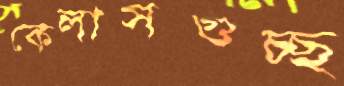
কেলাসগুচ্ছ